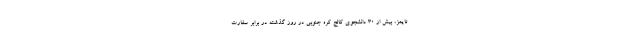
تایمز، بیش از 30 دانشجوی کالج کره جنوبی در روز گذشته در برابر سفارت